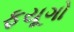
ફયૂગો